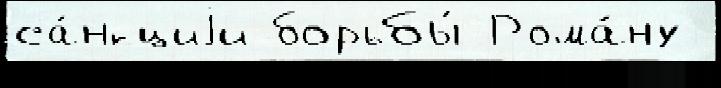
са́нкциjи борьбы́ Рома́ну